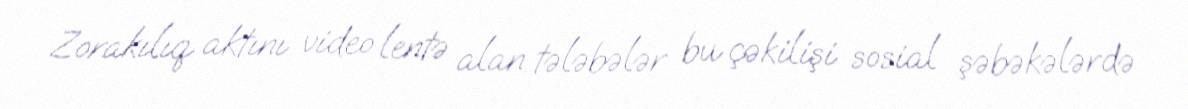
Zorakılıq aktını video lentə alan tələbələr bu çəkilişi sosial şəbəkələrdə